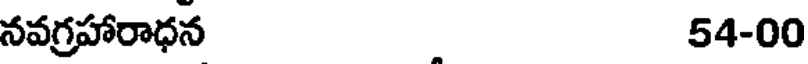
నవగ్రహారాధన 54-00